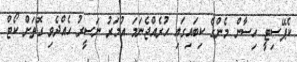
ކެޕޭސިޓީ ހިސާން މެންގެ ކިބައިގައި ހުރެއްޖެނަމަ އުމަރު ނަސީރު ހެއްދެވި ގޮތަށް ކޯޓް